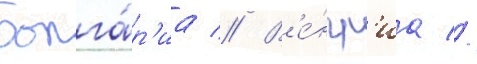
Болга́р'иа // В'е́нгр'иа //